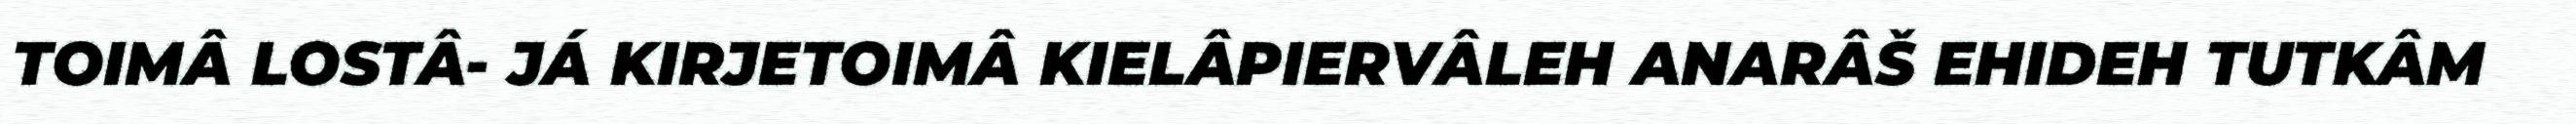
TOIMÂ LOSTÂ- JÁ KIRJETOIMÂ KIELÂPIERVÂLEH ANARÂŠ EHIDEH TUTKÂM